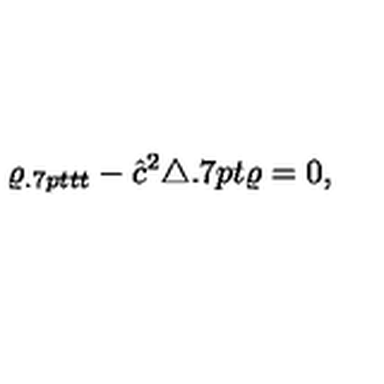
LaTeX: \varrho _ { { { \kern 0 . 7 p t } } t t } - { \hat { c } } ^ { 2 } \triangle { { \kern 0 . 7 p t } } \varrho = 0 ,